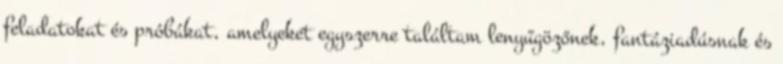
feladatokat és próbákat, amelyeket egyszerre találtam lenyűgözőnek, fantáziadúsnak és